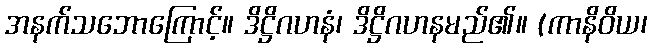
အနက်သဘောကြောင့်။ ဒိဋ္ဌိဂဟနံ၊ ဒိဋ္ဌိဂဟနမည်၏။ (ကာနိဝိယ၊